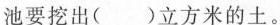
池要挖出( )立方米的土。